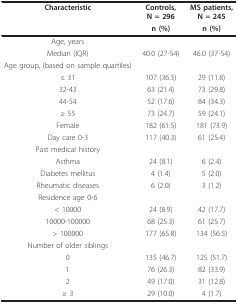
| Characteristic | Controls, N = 296 | MS patients, N = 245 |
 |  | n (%) | n (%) |
 | --- | --- | --- |
 | Age, years |  |  |
 | Median (IQR) | 40.0 (27-54) | 46.0 (37-54) |
 | Age group, (based on sample quartiles) |  |  |
 | ≤ 31 | 107 (36.3) | 29 (11.8) |
 | 32-43 | 63 (21.4) | 73 (29.8) |
 | 44-54 | 52 (17.6) | 84 (34.3) |
 | ≥ 55 | 73 (24.7) | 59 (24.1) |
 | Female | 182 (61.5) | 181 (73.9) |
 | Day care 0-3 | 117 (40.3) | 61 (25.4) |
 | Past medical history |  |  |
 | Asthma | 24 (8.1) | 6 (2.4) |
 | Diabetes mellitus | 4 (1.4) | 5 (2.0) |
 | Rheumatic diseases | 6 (2.0) | 3 (1.2) |
 | Residence age 0-6 |  |  |
 | < 10000 | 24 (8.9) | 42 (17.7) |
 | 10000-100000 | 68 (25.3) | 61 (25.7) |
 | > 100000 | 177 (65.8) | 134 (56.5) |
 | Number of older siblings |  |  |
 | 0 | 135 (46.7) | 125 (51.7) |
 | 1 | 76 (26.3) | 82 (33.9) |
 | 2 | 49 (17.0) | 31 (12.8) |
 | ≥ 3 | 29 (10.0) | 4 (1.7) |